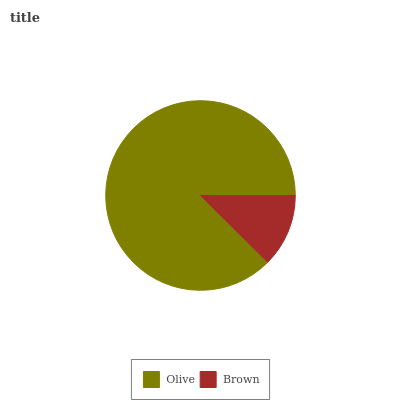
| Olive | Brown |
 | --- | --- |
 | 87.5% | 12.5% |